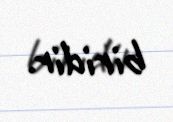
biridir.